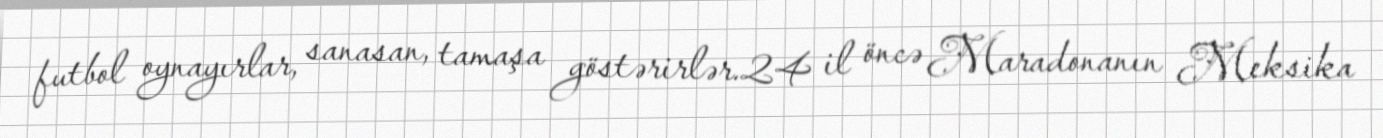
futbol oynayırlar, sanasan, tamaşa göstərirlər.24 il öncə Maradonanın Meksika